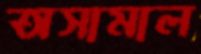
অসামাল